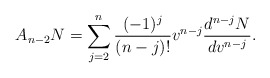
\begin{align*} A_{n-2}N=\sum_{j=2}^n\frac{(-1)^j}{(n-j)!}v^{n-j}\frac{d^{n-j}N}{dv^{n-j}}.\end{align*}